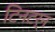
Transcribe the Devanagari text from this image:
टिनटर्न